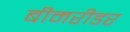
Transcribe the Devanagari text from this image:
बीमरीडर